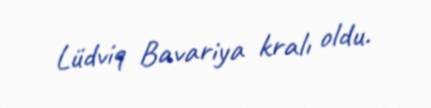
Lüdviq Bavariya kralı oldu.